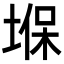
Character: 堢